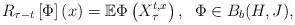
LaTeX: \begin{align*} R_{\tau - t}\left[ \Phi\right] \left( x\right) =\mathbb{E}\Phi\left(X_\tau^{t,x} \right),\;\; \Phi \in B_b(H,J) , \end{align*}